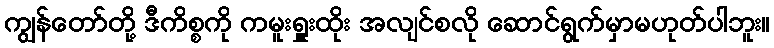
ကျွန်တော်တို့ ဒီကိစ္စကို ကမူးရှူးထိုး အလျင်စလို ဆောင်ရွက်မှာမဟုတ်ပါဘူး။